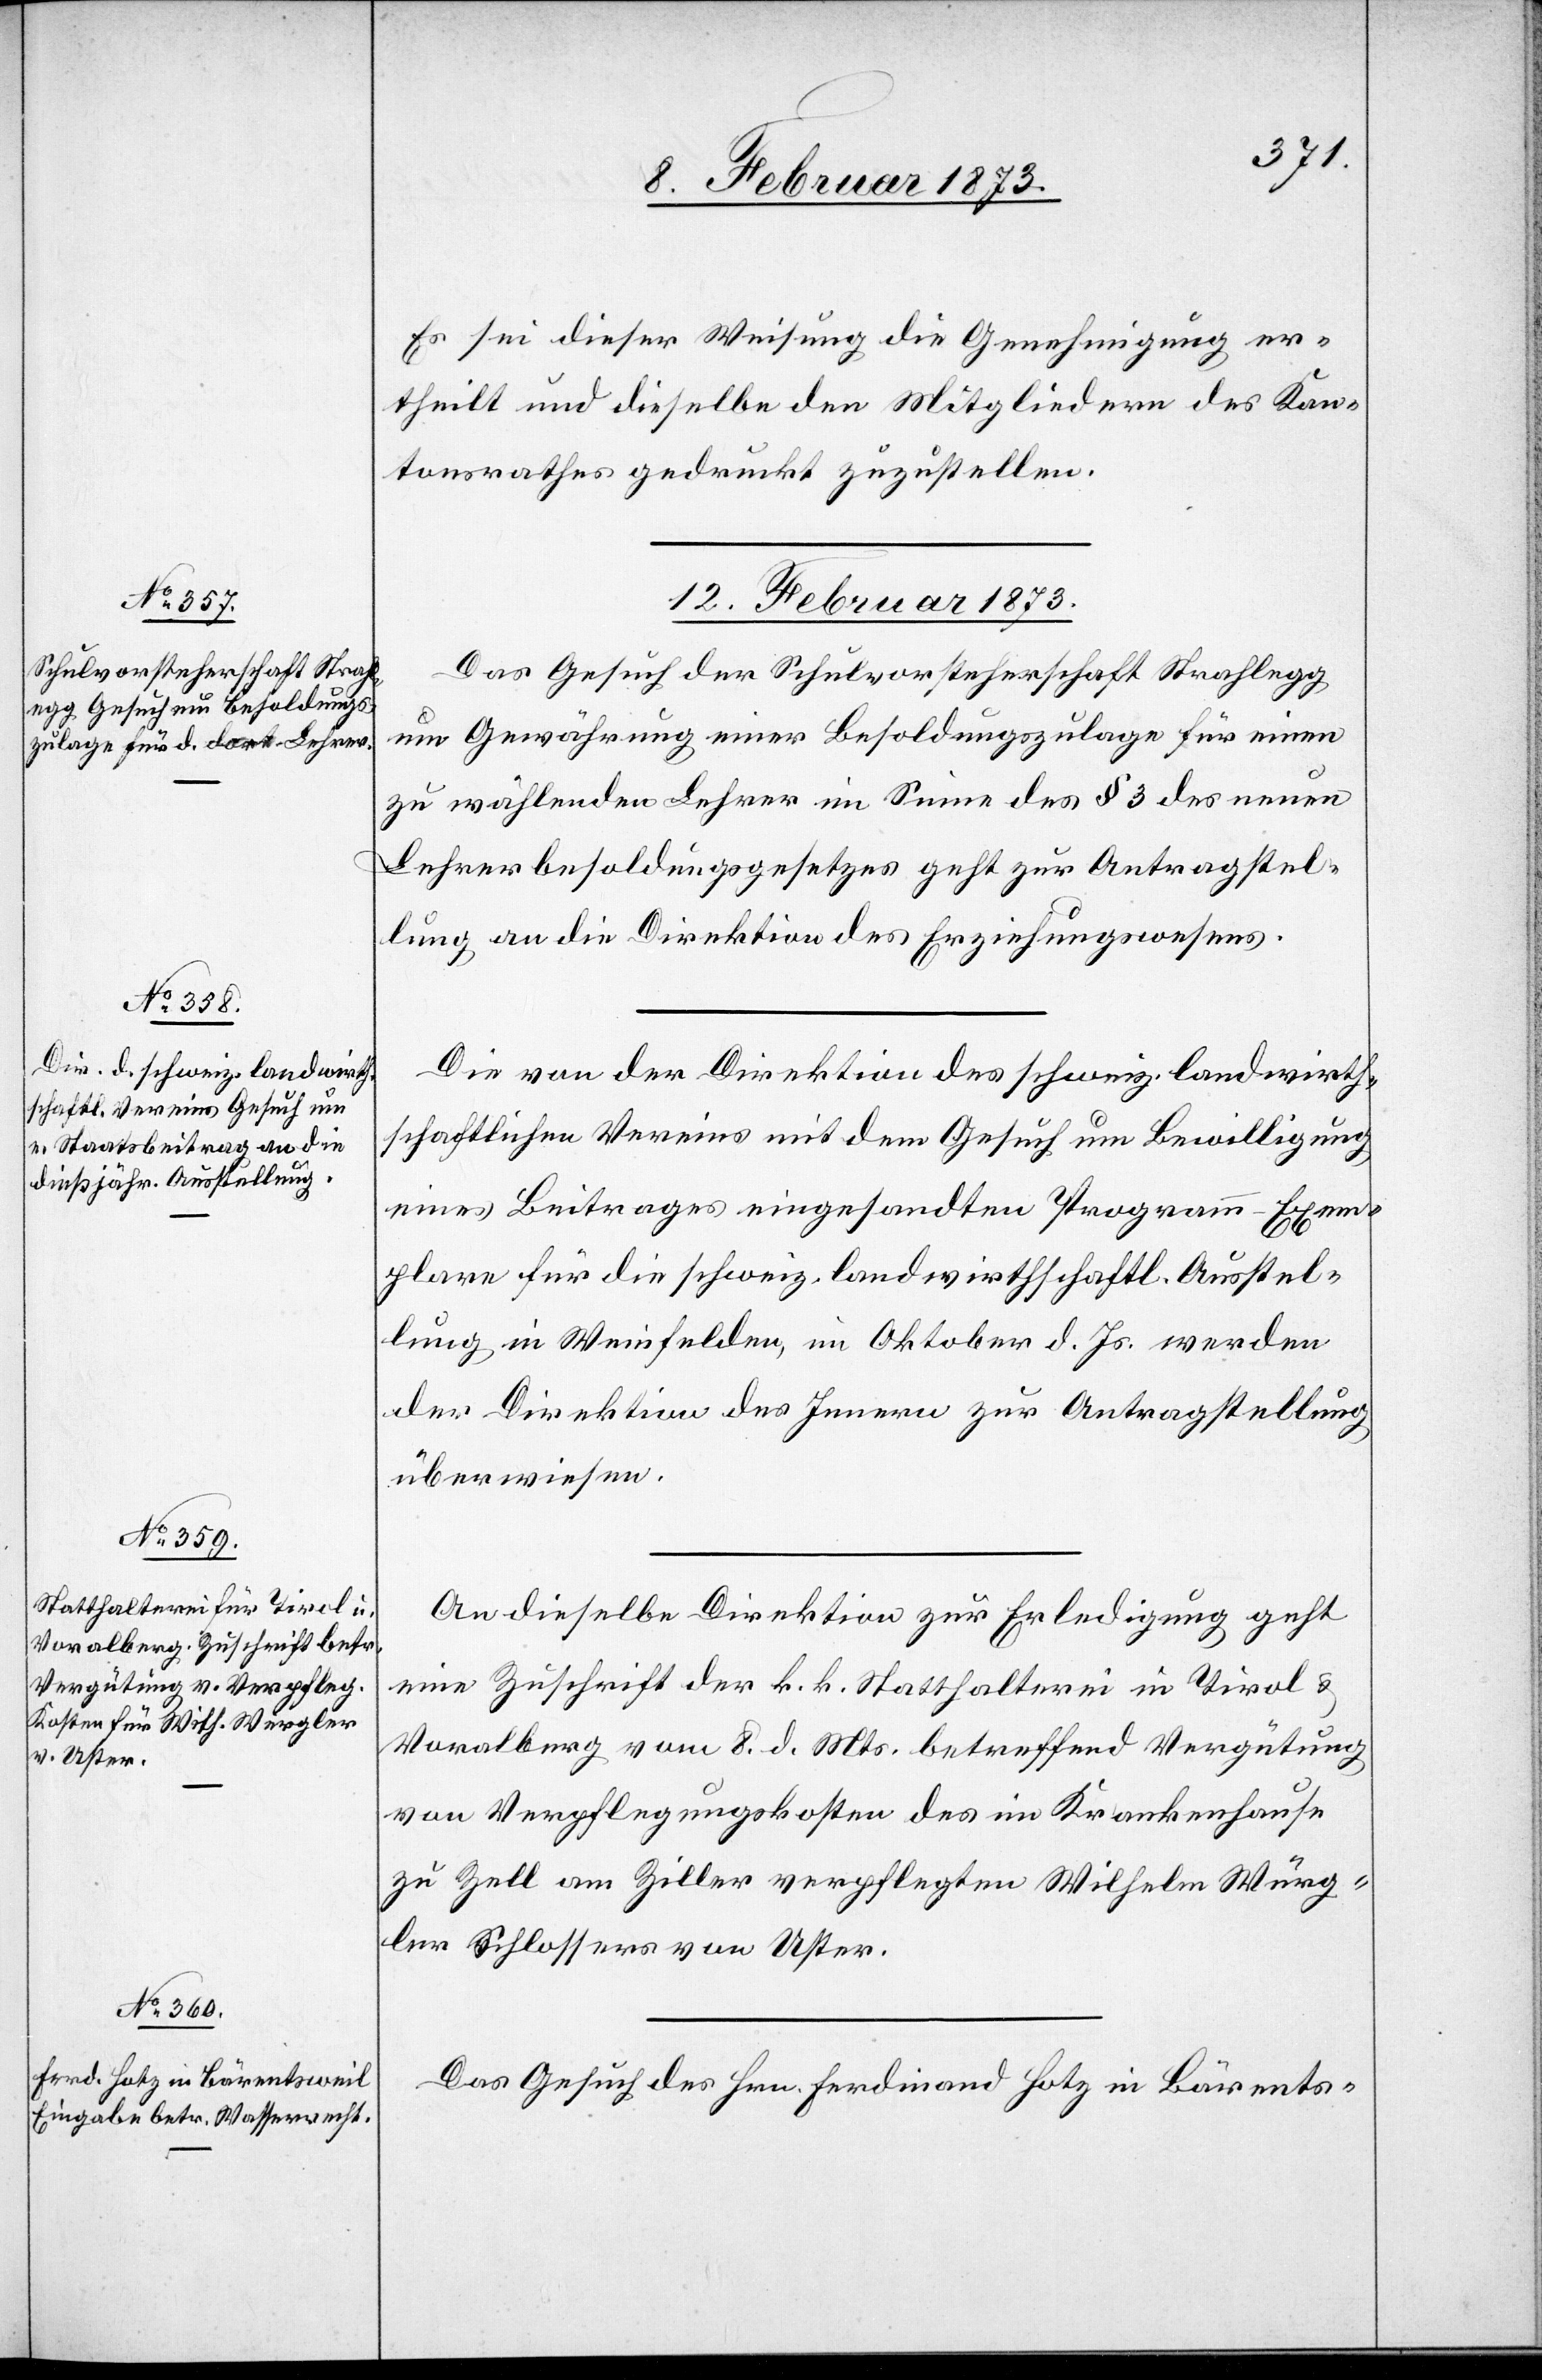
12. Februar 1873.]
Es sei dieser Weisung die Genehmigung er¬
theilt und dieselbe den Mitgliedern des Kan¬
tonsrathes gedruckt zuzustellen.
Das Gesuch der Schulvorsteherschaft Strahlegg
um Gewährung einer Besoldungszulage für einen
zu wählenden Lehrer im Sinne des § 3 des neuen
Lehrerbesoldungsgesetzes geht zur Antragstel¬
lung an die Direktion des Erziehungswesens.
Die von der Direktion des schweiz. landwirth¬
schaftlichen Vereins mit dem Gesuch um Bewilligung
eines Beitrages eingesandten Programm-Exem¬
plare für die schweiz. landwirthschaftl. Ausstel¬
lung in Weinfelden, im Oktober d. Js. werden
der Direktion des Innern zur Antragstellung
überwiesen.
An dieselbe Direktion zur Erledigung geht
eine Zuschrift der k. k. Statthalterei in Tirol u.
Vora[r]lberg vom 8. d. Mts. betreffend Vergütung
von Verpflegungskosten des im Krankenhause
zu Zell am Ziller verpflegten Wilhelm Würg¬
ler Schlossers von Uster.
Das Gesuch des Hrn. Ferdinand Hotz in Bärents-